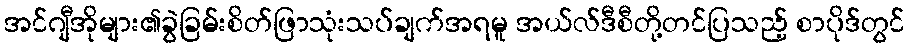
အင်ဂျီအိုများ၏ခွဲခြမ်းစိတ်ဖြာသုံးသပ်ချက်အရမူ အယ်လ်ဒီစီတို့တင်ပြသည့် စာပိုဒ်တွင်